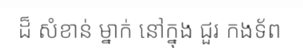
ដ៏ សំខាន់ ម្នាក់ នៅក្នុង ជួរ កងទ័ព